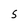
Character: S